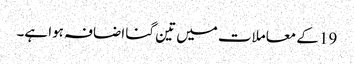
19 کے معاملات میں تین گنا اضافہ ہوا ہے۔